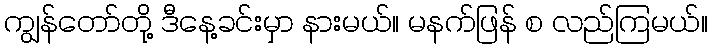
ကျွန်တော်တို့ ဒီနေ့ခင်းမှာ နားမယ်။ မနက်ဖြန် စ လည်ကြမယ်။